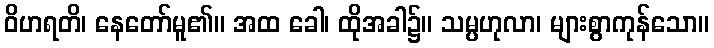
ဝိဟရတိ၊ နေတော်မူ၏။ အထ ခေါ၊ ထိုအခါ၌။ သမ္ပဟုလာ၊ များစွာကုန်သော။